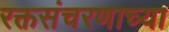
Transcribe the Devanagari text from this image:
रक्तसंचरणाच्या